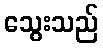
သွေးသည်